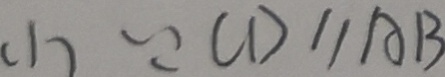
( 1 ) \because C D / / A B